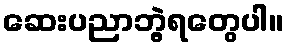
ဆေးပညာဘွဲ့ရတွေပါ။